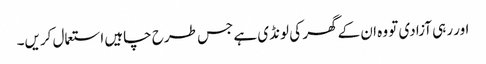
اور رہی آزادی تو وہ ان کے گھر کی لونڈی ہے جس طرح چاہیں استعمال کریں۔